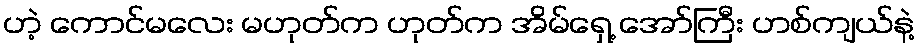
ဟဲ့ ကောင်မလေး မဟုတ်က ဟုတ်က အိမ်ရှေ့ အော်ကြီး ဟစ်ကျယ်နဲ့